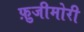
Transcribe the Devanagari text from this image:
फ़ुजीमोरी